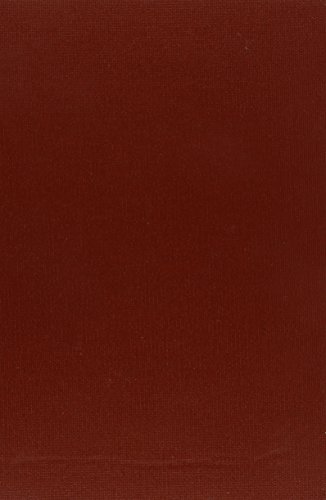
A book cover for Chinese Law And Legal Research (Chinese Law Series); Wei Luo; Law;